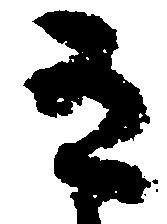
有